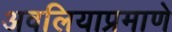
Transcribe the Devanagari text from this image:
अवलियाप्रमाणे